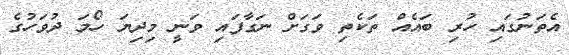
އެތަނުގައި ހުރި ބައެއް ތަކެތި ވަގަށް ނަގާފައި ވަނީ މިދިޔަ ހޯމަ ދުވަހުގެ